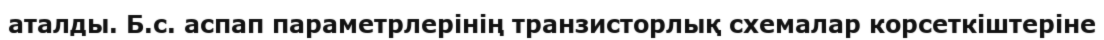
аталды. Б.с. аспап параметрлерінің транзисторлық схемалар корсеткіштеріне